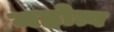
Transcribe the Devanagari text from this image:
महोत्व